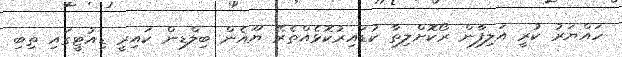
ހައްޔަރު ކުރީ އަލިފާން ރޯކޮށްލިތާ ކުޑައިރުކޮޅެއްތެރޭ ޔޫއެން ބިލްޑިން ކައިރީ ޑިއުޓީގައި ތިބި